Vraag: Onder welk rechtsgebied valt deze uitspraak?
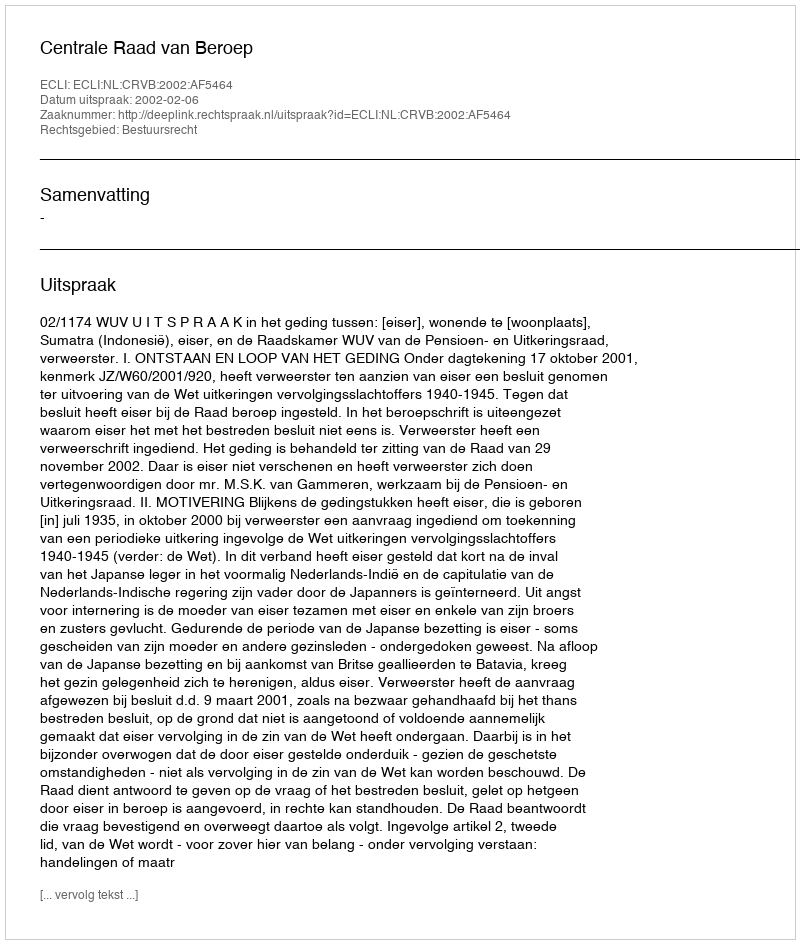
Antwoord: Bestuursrecht